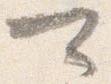
可